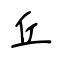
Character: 丘